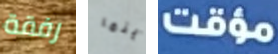
رفقة أينما مؤقت